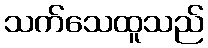
သက်သေထူသည်